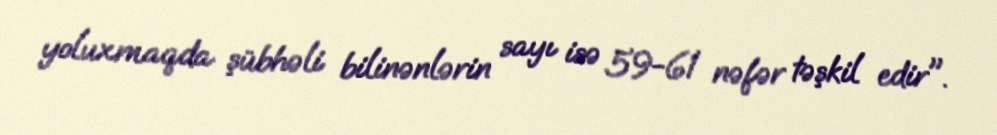
yoluxmaqda şübhəli bilinənlərin sayı isə 59-61 nəfər təşkil edir".